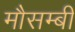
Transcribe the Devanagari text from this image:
मौसम्बी